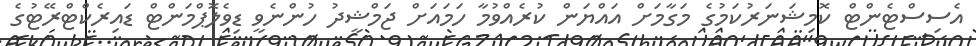
އެސިސްޓެންޓް ކޮމިޝަނަރުކަމުގެ މަގާމަށް އައްޔަން ކުރެއްވުމާ ހަމައަށް ޖަމްޝީދު ހުންނެވީ ޑިވެލޮޕްމަންޓް ޑައިރެކްޓްރޭޓުގެ